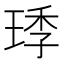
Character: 㻑